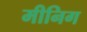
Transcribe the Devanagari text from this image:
मीनिग